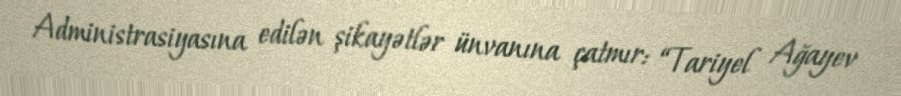
Administrasiyasına edilən şikayətlər ünvanına çatmır: “Tariyel Ağayev